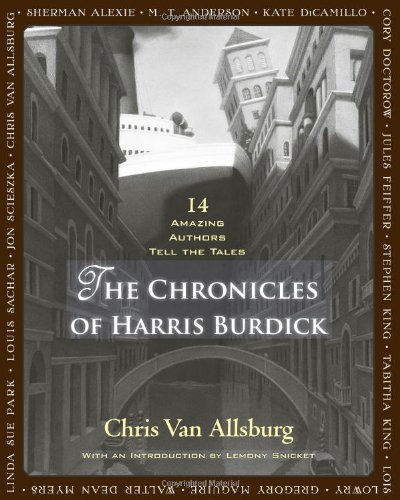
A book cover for The Chronicles of Harris Burdick: Fourteen Amazing Authors Tell the Tales / With an Introduction by Lemony Snicket; Chris Van Allsburg; Teen & Young Adult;